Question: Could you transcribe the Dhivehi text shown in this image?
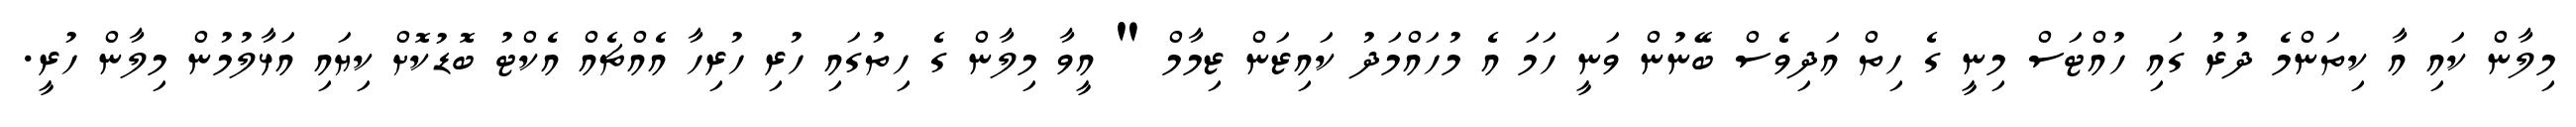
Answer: މިލާން ކައި އާ ކިތަންމެ ދުރު ގައި ހުއްޓަސް މިނީ ގެ ހިތް އަދިވެސް ބޭނުން ވަނީ ހަމަ އެ މުހައްމަދު ކައިޒަން ޒިމާމް " އީވާ މިލާން ގެ ހިތުގައި ހުރި ހުރިހާ އެއްޗެއް އެކްޓު ބޮޑުކޮށް ކިޔައި އަޅާލުމުން މިލާން ހުރީ.